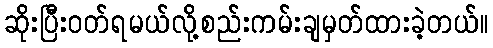
ဆိုးပြီးဝတ်ရမယ်လို့စည်းကမ်းချမှတ်ထားခဲ့တယ်။